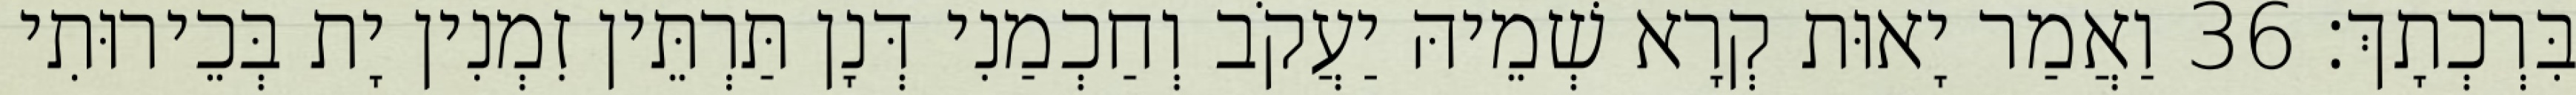
בִּרְכְתָךְ׃ 36 וַאֲמַר יָאוּת קְרָא שְׁמֵיהּ יַעֲקֹב וְחַכְמַנִי דְּנָן תַּרְתֵּין זִמְנִין יָת בְּכֵירוּתִי